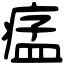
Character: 𤷪